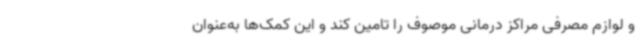
و لوازم مصرفی مراکز درمانی موصوف را تامین کند و این کمک‌ها به‌عنوان